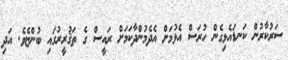
ސަރުކާރުން ކަނޑައެޅިގެން ހުރަސް އެޅުމަށް އެދެމުންދާކަމަށް ރައީސް ގެ ތަޤުރީރުގައި ބުންޏެވެ. އަދި